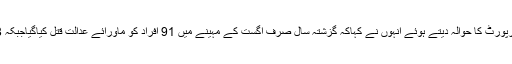
بلوچ ہیومن رائٹس آرگنائزیشن کی رپورٹ کا حوالہ دیتے ہوئے انہوں نے کہاکہ گزشتہ سال صرف اگست کے مہینے میں 91 افراد کو ماورائے عدالت قتل کیاگیاجبکہ 138 افراد لاپتہ کیے جاچکے ہیں ۔